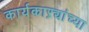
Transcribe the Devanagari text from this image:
कार्यकाऱ्यांच्या